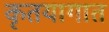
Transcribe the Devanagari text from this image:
कृतयागात